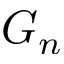
G _ { n }